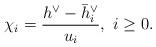
LaTeX: \begin{align*}\chi_i=\frac{h^\vee-\bar h^\vee_i}{u_i},\ i\geq 0.\end{align*}